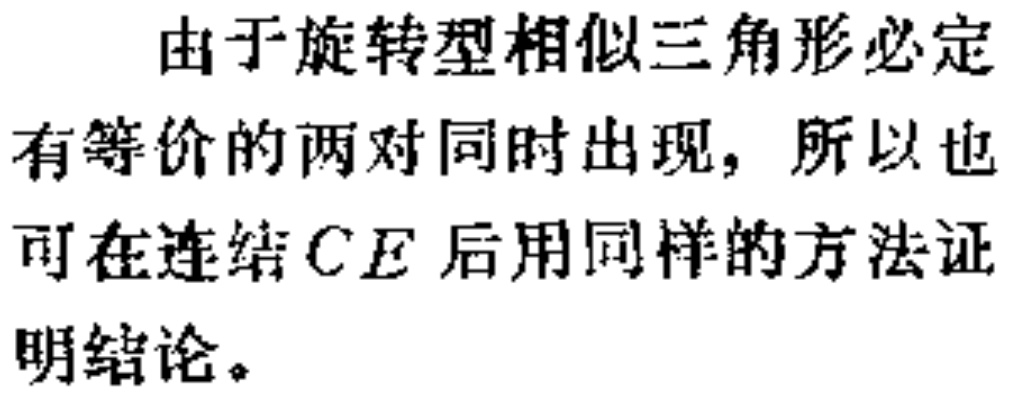
由于旋转型相似三角形必定有等价的两对同时出现，所以也可在连结$CE$后用同样的方法证明结论。